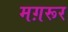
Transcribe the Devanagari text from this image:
मग़रूर